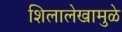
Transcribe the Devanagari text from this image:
शिलालेखामुळे